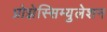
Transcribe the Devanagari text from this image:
प्रोझेस्सिम्युलेशन